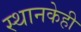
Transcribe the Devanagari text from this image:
स्थानकेही